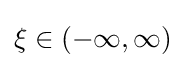
\xi \in (-\infty ,\infty )